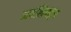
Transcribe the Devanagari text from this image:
अपशिफ्ट्स